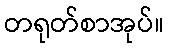
တရုတ်စာအုပ်။